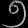
Digit: ၅